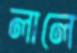
লালে